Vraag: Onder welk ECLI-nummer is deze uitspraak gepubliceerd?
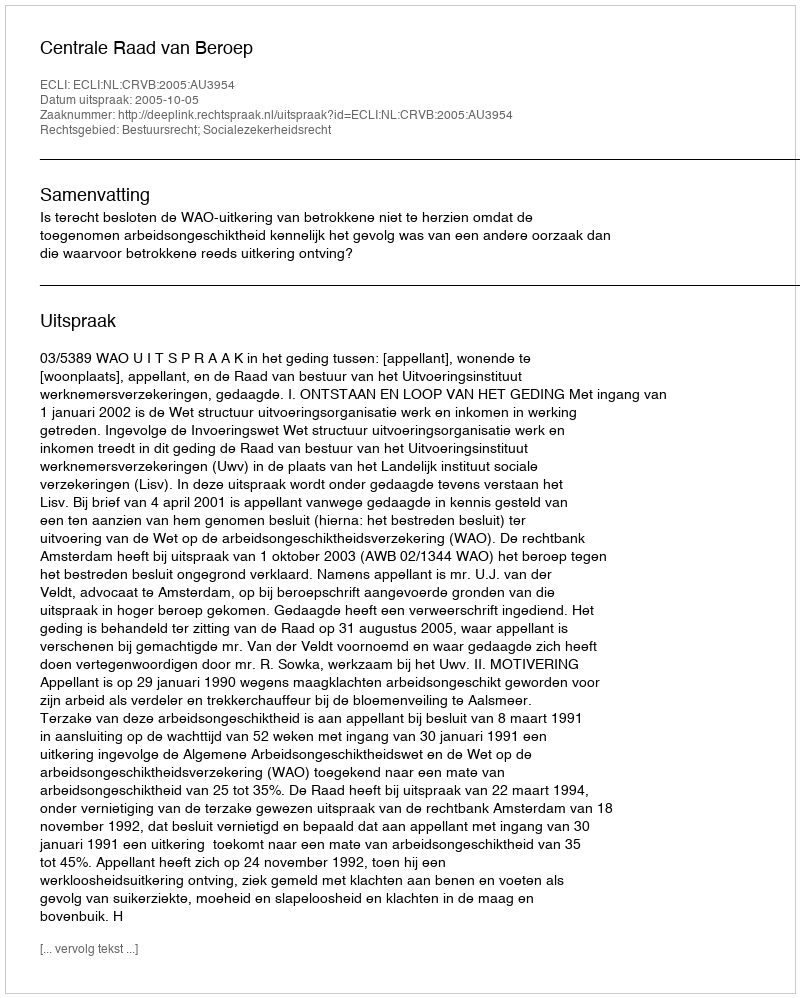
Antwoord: ECLI:NL:CRVB:2005:AU3954